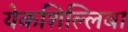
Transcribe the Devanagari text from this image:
येकशिल्लिबा